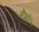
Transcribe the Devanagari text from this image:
सैफ्रों